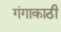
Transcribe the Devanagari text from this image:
गंगाकाठी